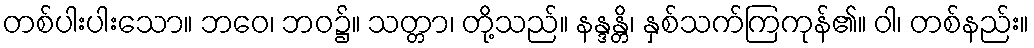
တစ်ပါးပါးသော။ ဘဝေ၊ ဘဝ၌။ သတ္တာ၊ တို့သည်။ နန္ဒန္တိ၊ နှစ်သက်ကြကုန်၏။ ဝါ၊ တစ်နည်း။